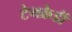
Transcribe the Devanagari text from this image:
टेनक्रेडी